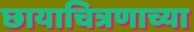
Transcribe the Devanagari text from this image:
छायाचित्रणाच्या